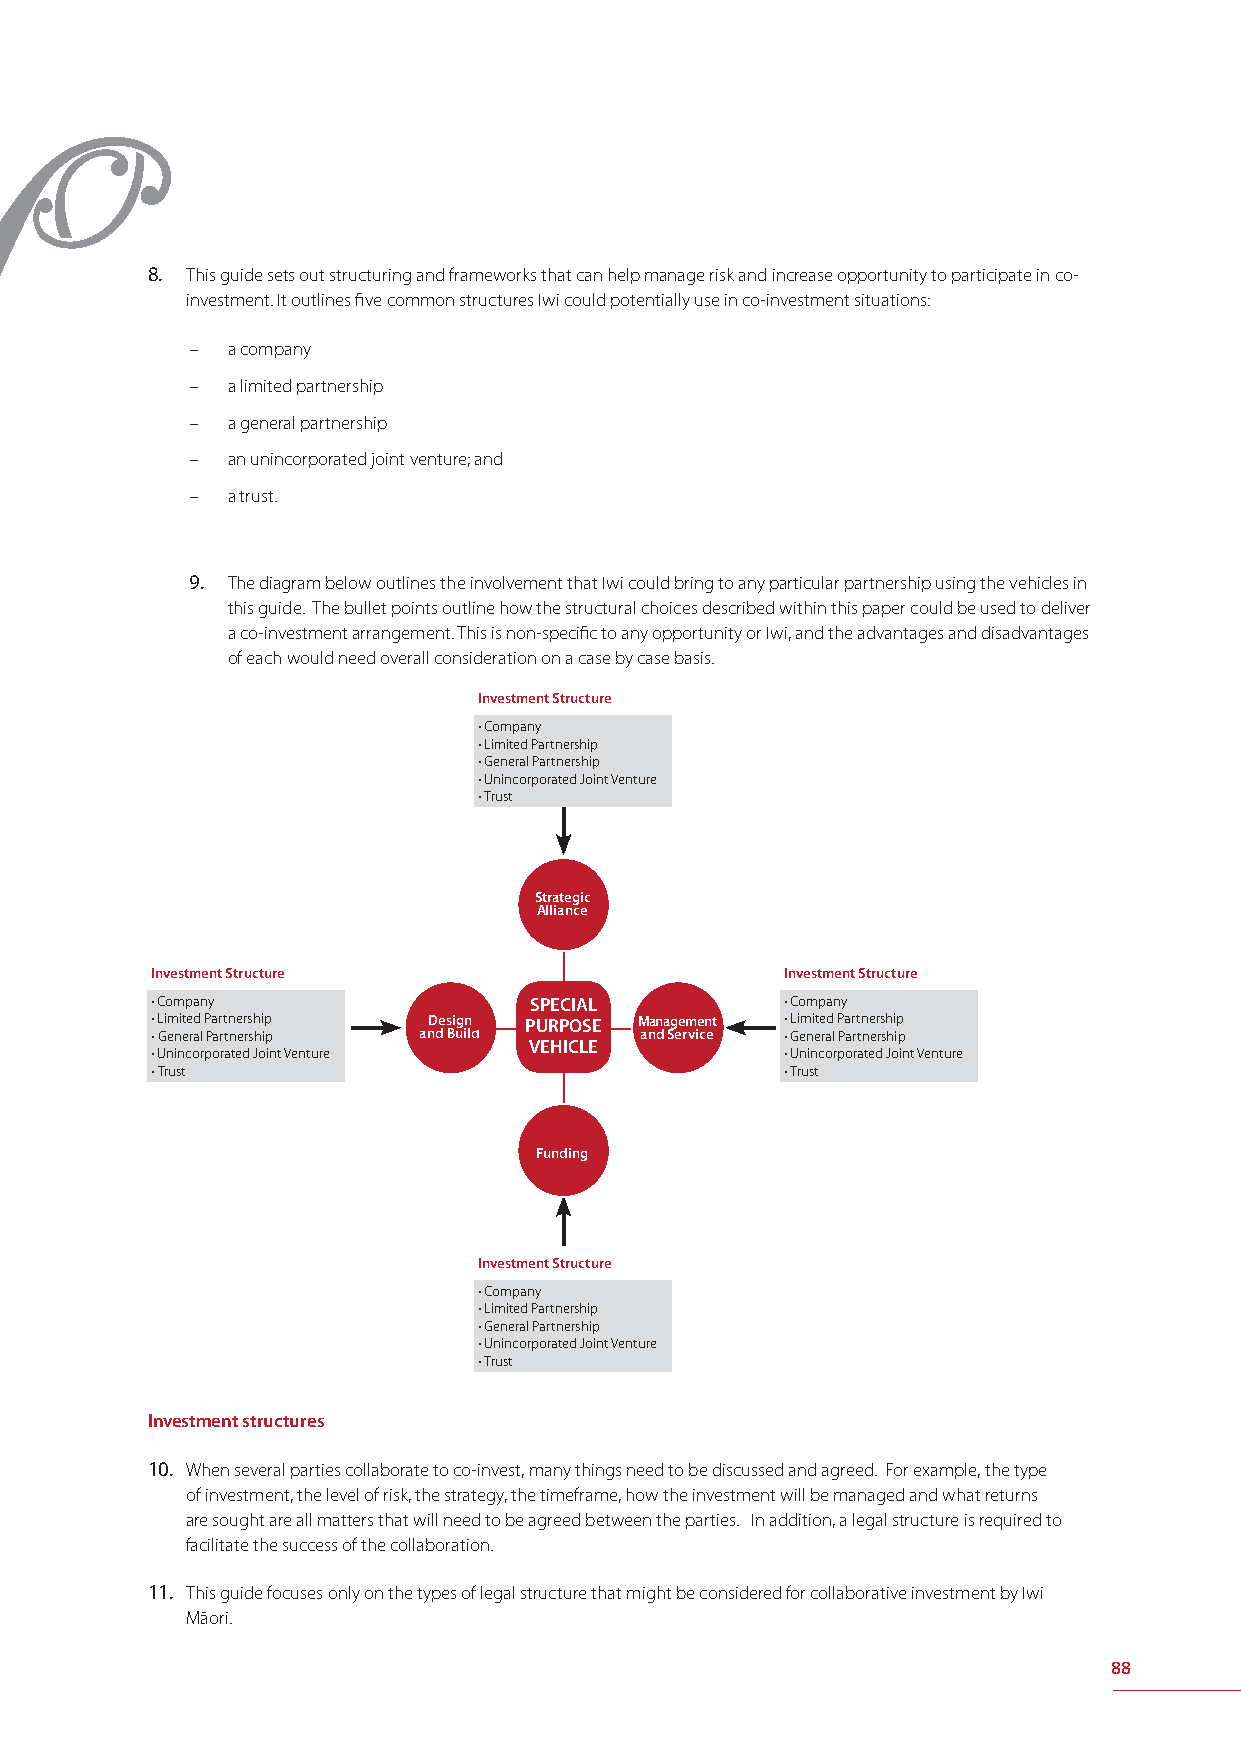
8. This guide sets out structuring and frameworks that can help manage risk and increase opportunity to participate in co-
 investment. It outlines fi ve common structures Iwi could potentially use in co-investment situations:
 – a company
 – a limited partnership
 – a general partnership
 – an unincorporated joint venture; and
 – a trust.
 9. The diagram below outlines the involvement that Iwi could bring to any particular partnership using the vehicles in
 this guide. The bullet points outline how the structural choices described within this paper could be used to deliver
 a co-investment arrangement. This is non-specifi c to any opportunity or Iwi, and the advantages and disadvantages
 of each would need overall consideration on a case by case basis.
 Investment Structure
 • Company
 • Limited Partnership
 • General Partnership
 • Unincorporated Joint Venture
 • Trust
 Strategic
 Alliance
 Investment Structure                      Investment Structure
 • Company                SPECIAL          • Company
 • • L Gi em ni ete rad l P Pa ar rt tn ne er rs sh hi ip p anD de s Bi ug in ld PURPOSE MM aana ndn aa Sgg ee erm mvie ecn ent t • • L Gi em ni ete rad l P Pa ar rt tn ne er rs sh hi ip p
 VEHICLE and Service
 • Unincorporated Joint Venture            • Unincorporated Joint Venture
 • Trust                                   • Trust
 Funding
 Investment Structure
 • Company
 • Limited Partnership
 • General Partnership
 • Unincorporated Joint Venture
 • Trust
 Investment structures
 10. When several parties collaborate to co-invest, many things need to be discussed and agreed. For example, the type
 of investment, the level of risk, the strategy, the timeframe, how the investment will be managed and what returns
 are sought are all matters that will need to be agreed between the parties. In addition, a legal structure is required to
 facilitate the success of the collaboration.
 11. This guide focuses only on the types of legal structure that might be considered for collaborative investment by Iwi
 Māori.
 88